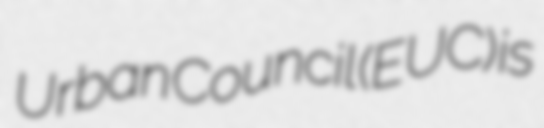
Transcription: Urban Council (EUC) is